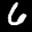
Label: 6